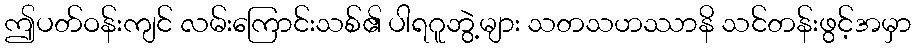
ဤပတ်ဝန်းကျင် လမ်းကြောင်းသစ်၏ ပါရဂူဘွဲ့များ သတသဟဿာနိ သင်တန်းဖွင့်အမှာ